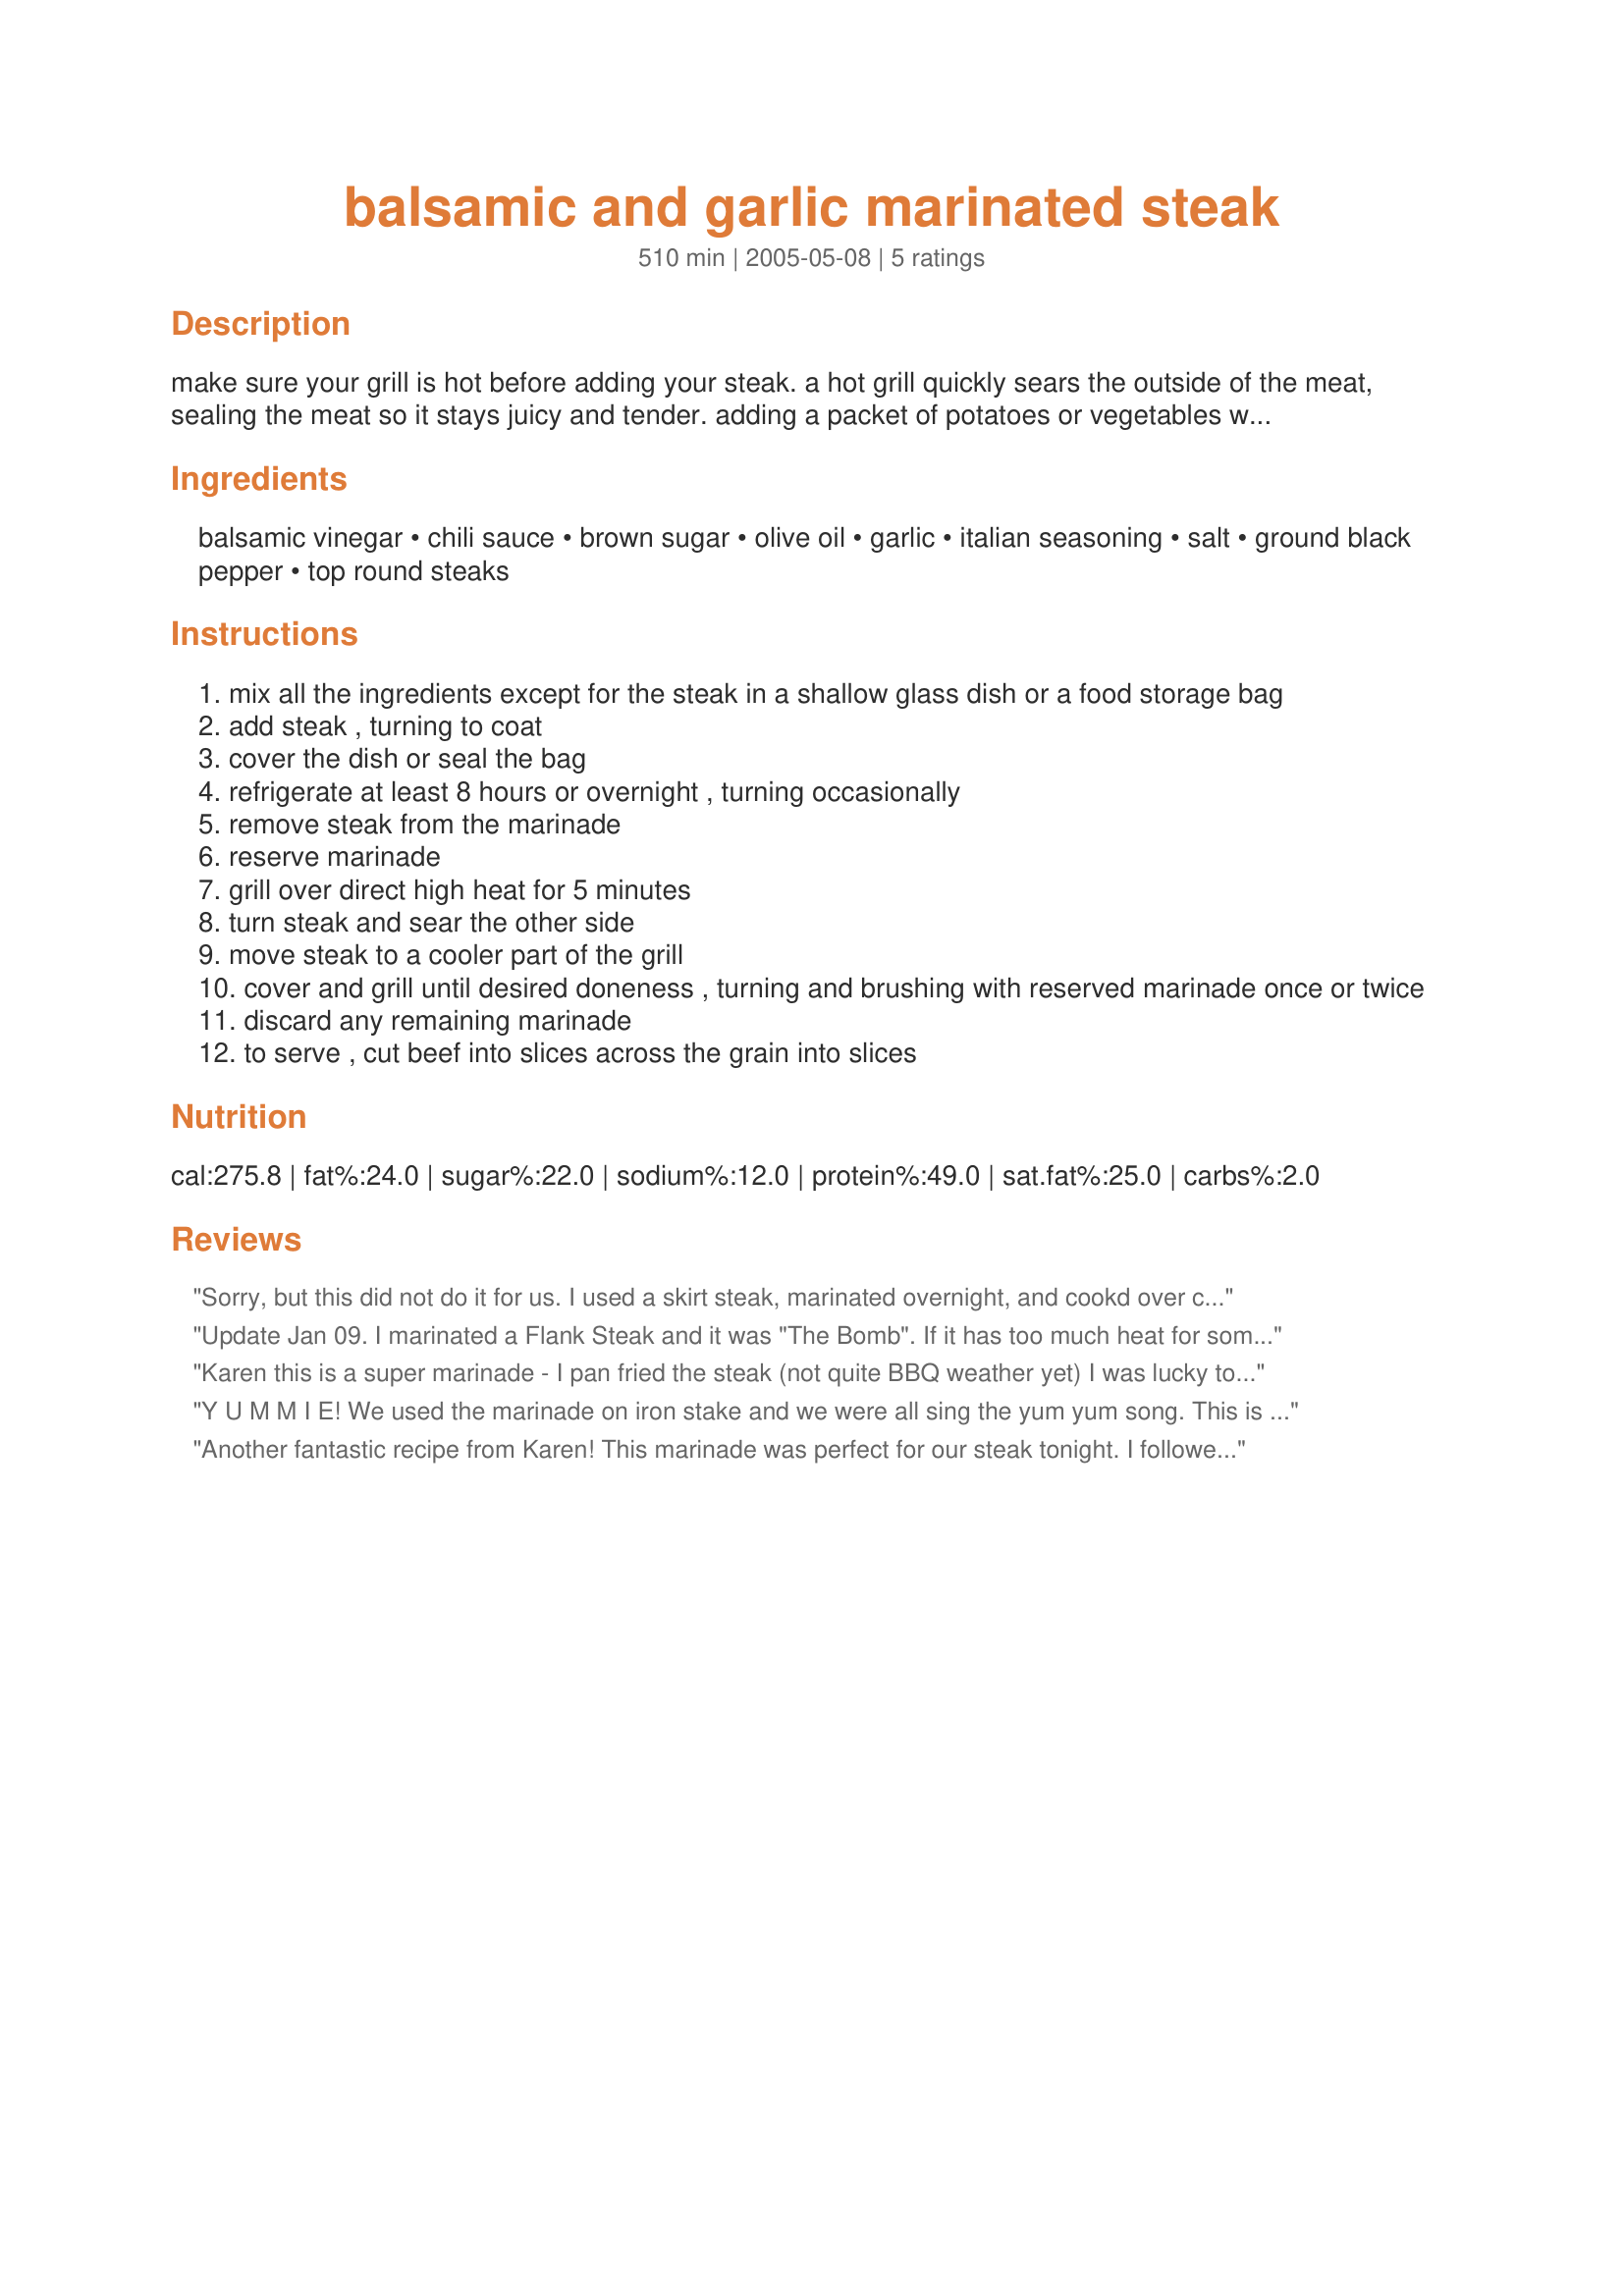
balsamic and garlic marinated steak
Preparation time: 510 minutes

make sure your grill is hot before adding your steak. a hot grill quickly sears the outside of the meat, sealing the meat so it stays juicy and tender. adding a packet of potatoes or vegetables while the steak cooks will save you time and work and supply you with a great side.

Ingredients:
balsamic vinegar, chili sauce, brown sugar, olive oil, garlic, italian seasoning, salt, ground black pepper, top round steaks

Steps:
mix all the ingredients except for the steak in a shallow glass dish or a food storage bag
add steak , turning to coat
cover the dish or seal the bag
refrigerate at least 8 hours or overnight , turning occasionally
remove steak from the marinade
reserve marinade
grill over direct high heat for 5 minutes
turn steak and sear the other side
move steak to a cooler part of the grill
cover and grill until desired doneness , turning and brushing with reserved marinade once or twice
discard any remaining marinade
to serve , cut beef into slices across the grain into slices

Reviews:
Sorry, but this did not do it for us. I used a skirt steak, marinated overnight, and cookd over charcoal. It was way too sweet for us. but then we don't like weet and sour pork or chicken either! Koechin/Chef
Update Jan 09. I marinated a Flank Steak and it was "The Bomb". If it has too much heat for some of your guest.... Serve some sour cream...
Thanks again!
This was good..... I used a nice and large NY. I am not much of a chili sauce fan but it provided just the right amount of HEAT! I will definitely make this one again with a cheaper cut of meat and let it site over night. Thanks!
Karen this is a super marinade - I pan fried the steak (not quite BBQ weather yet) I was lucky to find strip loin steak at a super price. Marinated over night so the steak was bursting with flavor. Also bought baby Prtobellows on sale to complete this wonderful meal. Thanks Karen for posting this tasty recipe
Y U M M I E! We used the marinade on iron stake and we were all sing the yum yum song. This is a definite keeper thank you
Another fantastic recipe from Karen! This marinade was perfect for our steak tonight. I followed the recipe exactly, but cooked the meat on our George Foreman. Loved it!
